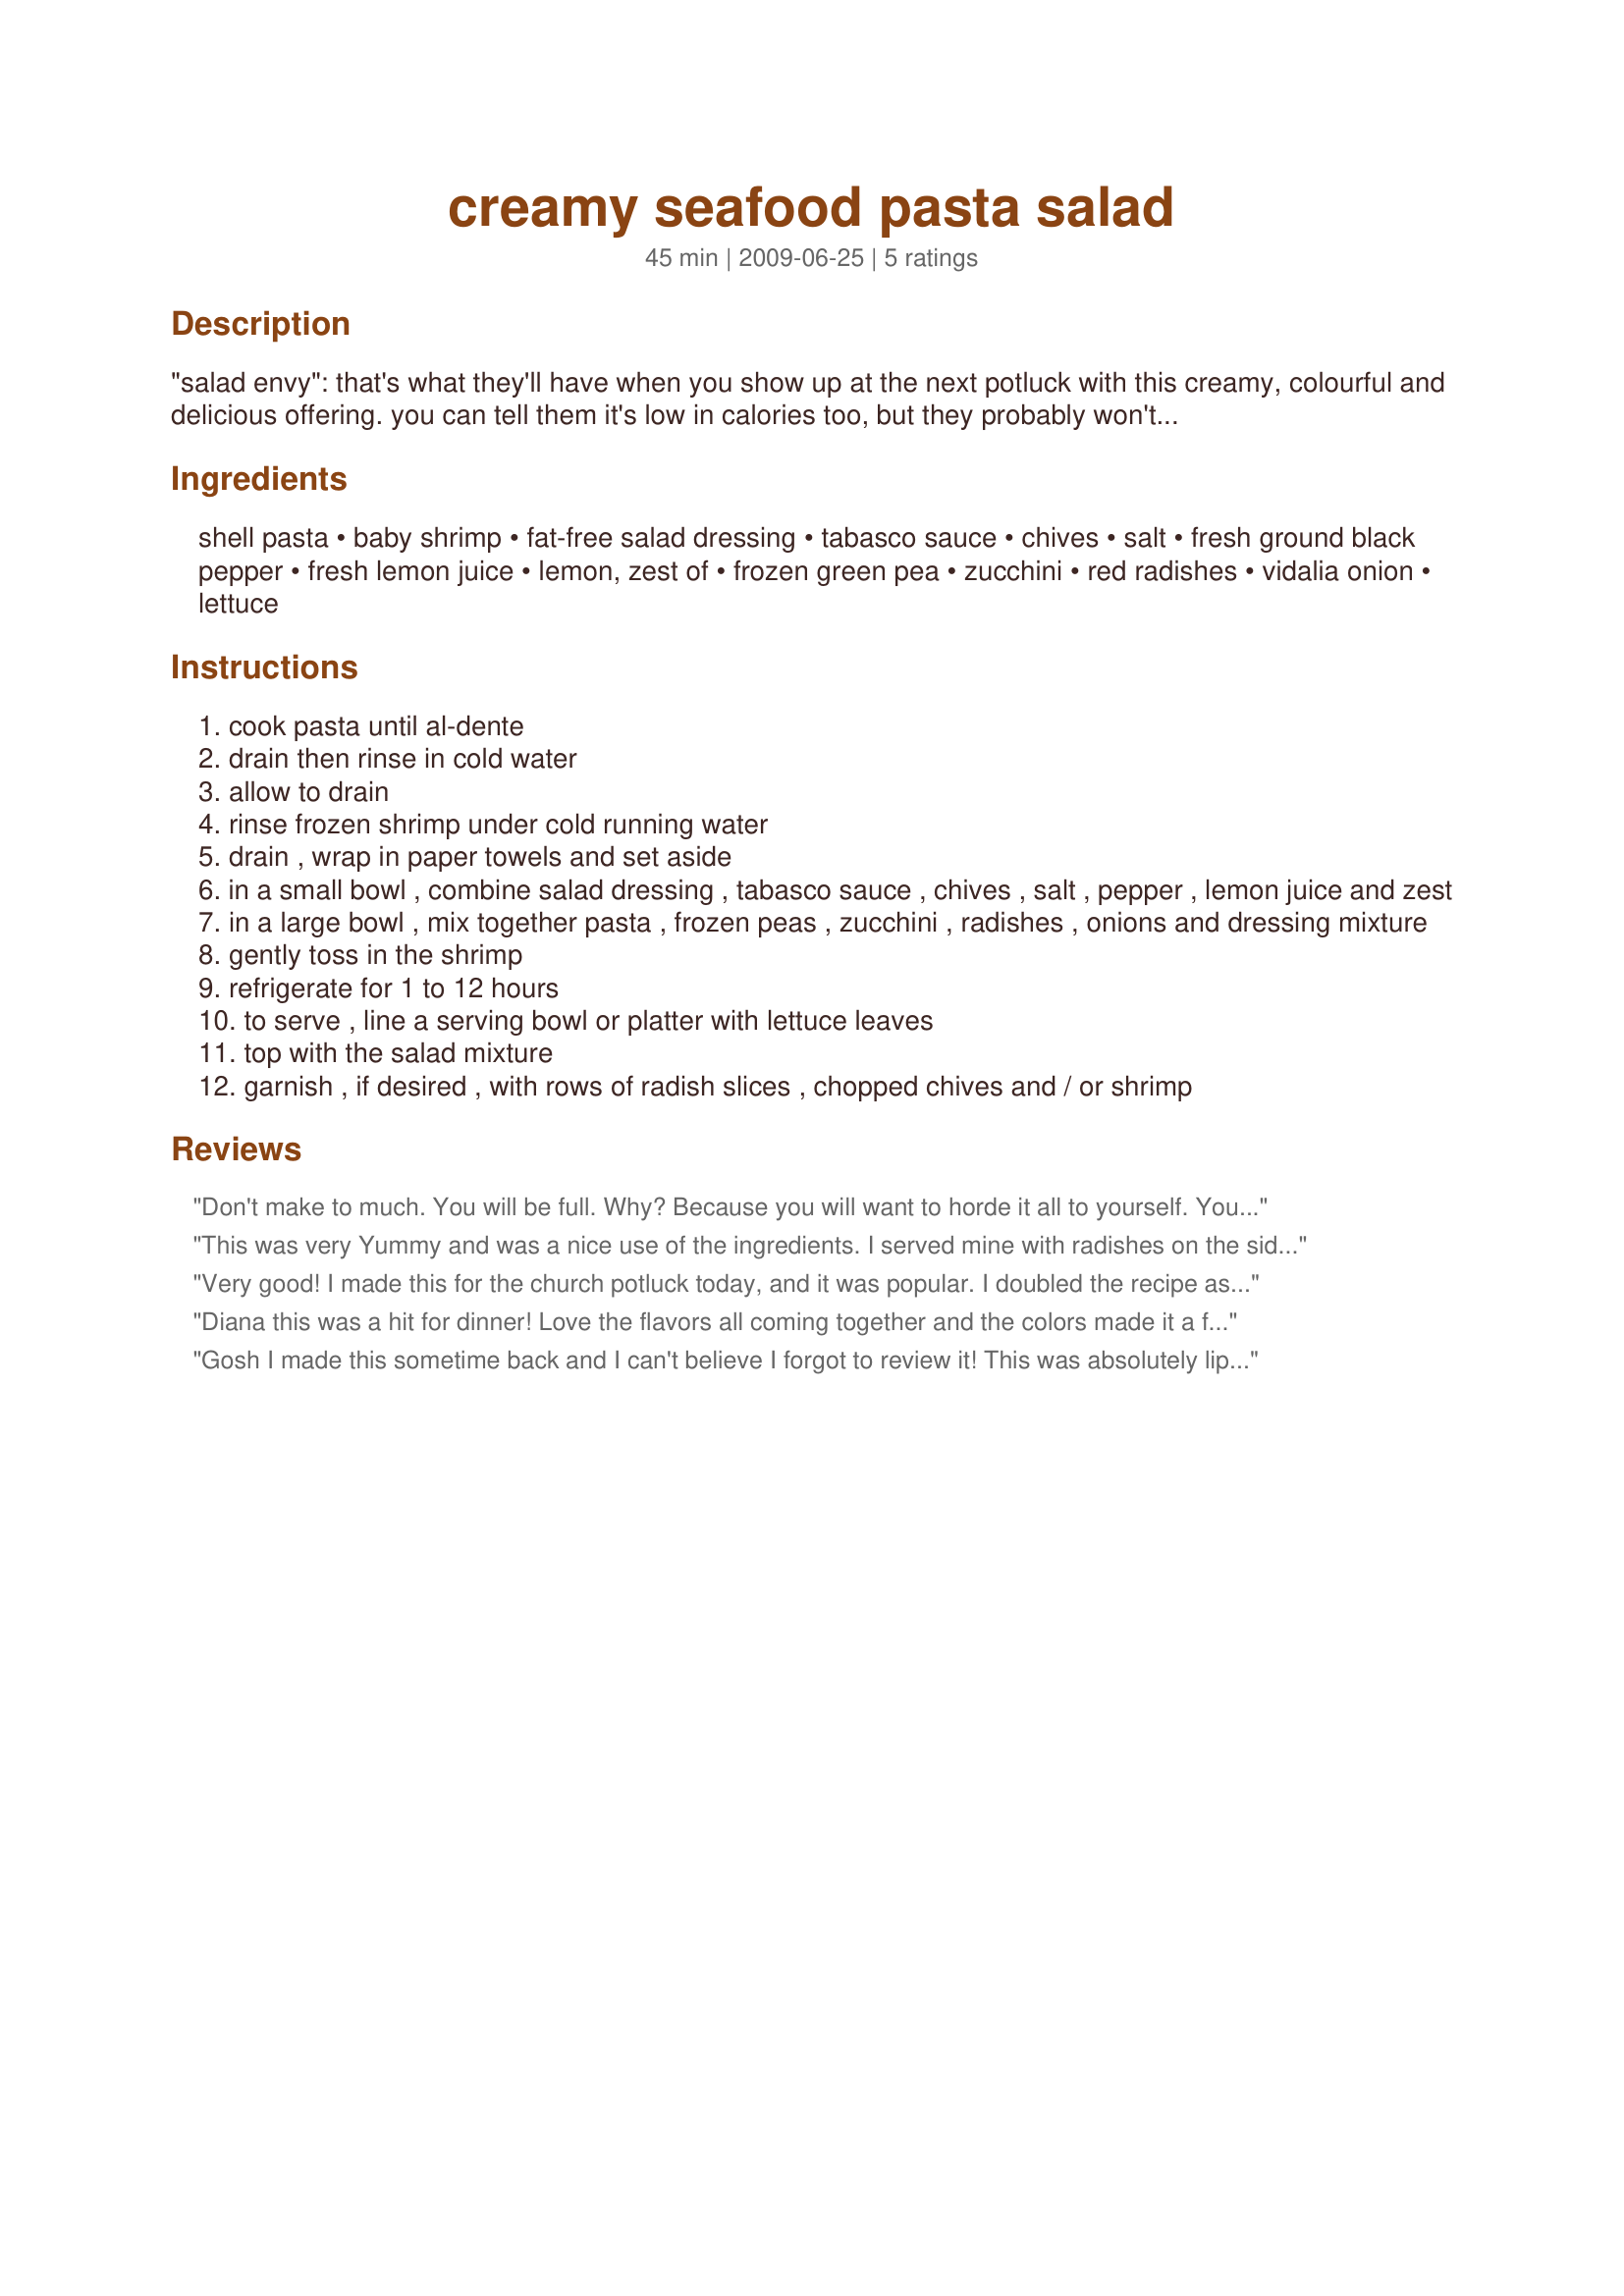
creamy seafood pasta salad
Preparation time: 45 minutes

"salad envy": that's what they'll have when you show up at the next potluck with this creamy, colourful and delicious offering. you can tell them it's low in calories too, but they probably won't believe you. :wink: substitute the shrimp with salmon, tuna or lobster for a different taste experience. note: after several hours of chilling, the pasta will absorb some of the dressing. to return it to a creamier consistency, simply add one or two tablespoons of salad dressing. cooking time does not include time for refrigeration. created for the craze-e salad contest.

Ingredients:
shell pasta, baby shrimp, fat-free salad dressing, tabasco sauce, chives, salt, fresh ground black pepper, fresh lemon juice, lemon, zest of, frozen green pea, zucchini, red radishes, vidalia onion, lettuce

Steps:
cook pasta until al-dente
drain then rinse in cold water
allow to drain
rinse frozen shrimp under cold running water
drain , wrap in paper towels and set aside
in a small bowl , combine salad dressing , tabasco sauce , chives , salt , pepper , lemon juice and zest
in a large bowl , mix together pasta , frozen peas , zucchini , radishes , onions and dressing mixture
gently toss in the shrimp
refrigerate for 1 to 12 hours
to serve , line a serving bowl or platter with lettuce leaves
top with the salad mixture
garnish , if desired , with rows of radish slices , chopped chives and / or shrimp

Reviews:
Don't make to much. You will be full. Why? Because you will want to horde it all to yourself. You will want to sneak bits here and there from back of the fridge where you have hidden it behind the old pot roast you made last week. When you go to serve it, you will be minus the shrimp, (ok - you left one) and the radishes, well you gobbled them up last night when everyone was asleep, remember? Tell you what, to be on the safe side, make it twice. Hide one from yourself. Keep the other and nibble at that. You *are* warned. Followed this exactly, used big - fat - shrimp. (My downfall). Don't change a thing. Made for *Spring Veggies and Fruits* Diabetic Forum April 2010
This was very Yummy and was a nice use of the ingredients. I served mine with radishes on the side since DH doesn't like those.
Very good! I made this for the church potluck today, and it was popular. I doubled the recipe as far as the pasta, shrimp, peas, and salad dressing (used Smart Beat light mayo dressing) and it turned out to be too much (there was SO much food!), but that's OK... because I'm going to enjoy it over the next few days, as well!
Diana this was a hit for dinner! Love the flavors all coming together and the colors made it a festive dish. I am going to enjoy the little leftovers there are. I used regular size shrimp as that is what DD had, cut in half, lite Miracle hip, and a combo of iceberg and spnach leaves. Excellent. Will make this often and will double the recipe for more leftovers. Made for Aus/NZ Swap Nov 2009. Made with Recipe #249968
Gosh I made this sometime back and I can't believe I forgot to review it! This was absolutely lip smacking good! I used fat free mayo, and whole wheat penne pasta and this was not only delicious but healthy too! I loved the tabasco, lemon and mayo combination -- just creamy tangy and good! Made for Spring into Fruits and Veggies Tag in the Diabetic forum April 2010!
